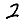
Digit: 2